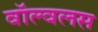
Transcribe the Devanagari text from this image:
वॉल्वलस